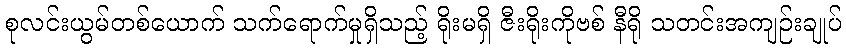
စုလင်းယွမ်တစ်ယောက် သက်ရောက်မှုရှိသည့် ရိုးမရှိ ဇီးရိုးကိုဗစ် နီရို သတင်းအကျဉ်းချုပ်